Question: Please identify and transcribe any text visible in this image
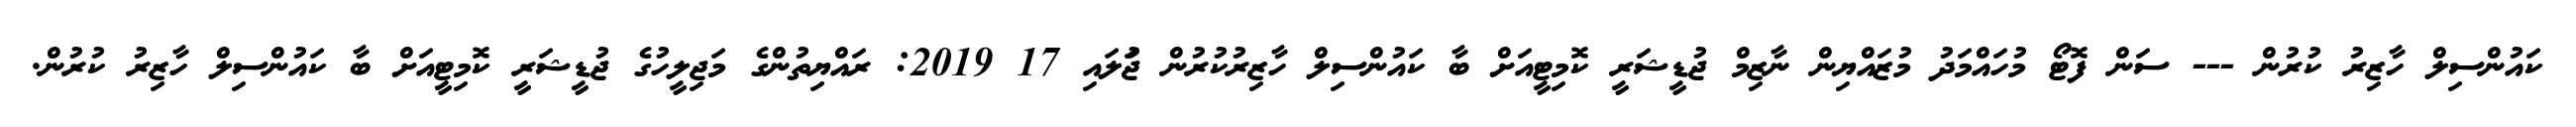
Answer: ކައުންސިލް ހާޒިރު ކުރުން --- ސަން ފޮޓޯ މުހައްމަދު މުޒައްޔިން ނާޒިމް ޖުޑީޝަރީ ކޮމިޓީއަށް ބާ ކައުންސިލް ހާޒިރުކުރުން ޖުަލައި 17 2019: ރައްޔިތުންގެ މަޖިލީހުގެ ޖުޑީޝަރީ ކޮމިޓީއަށް ބާ ކައުންސިލް ހާޒިރު ކުރުން.